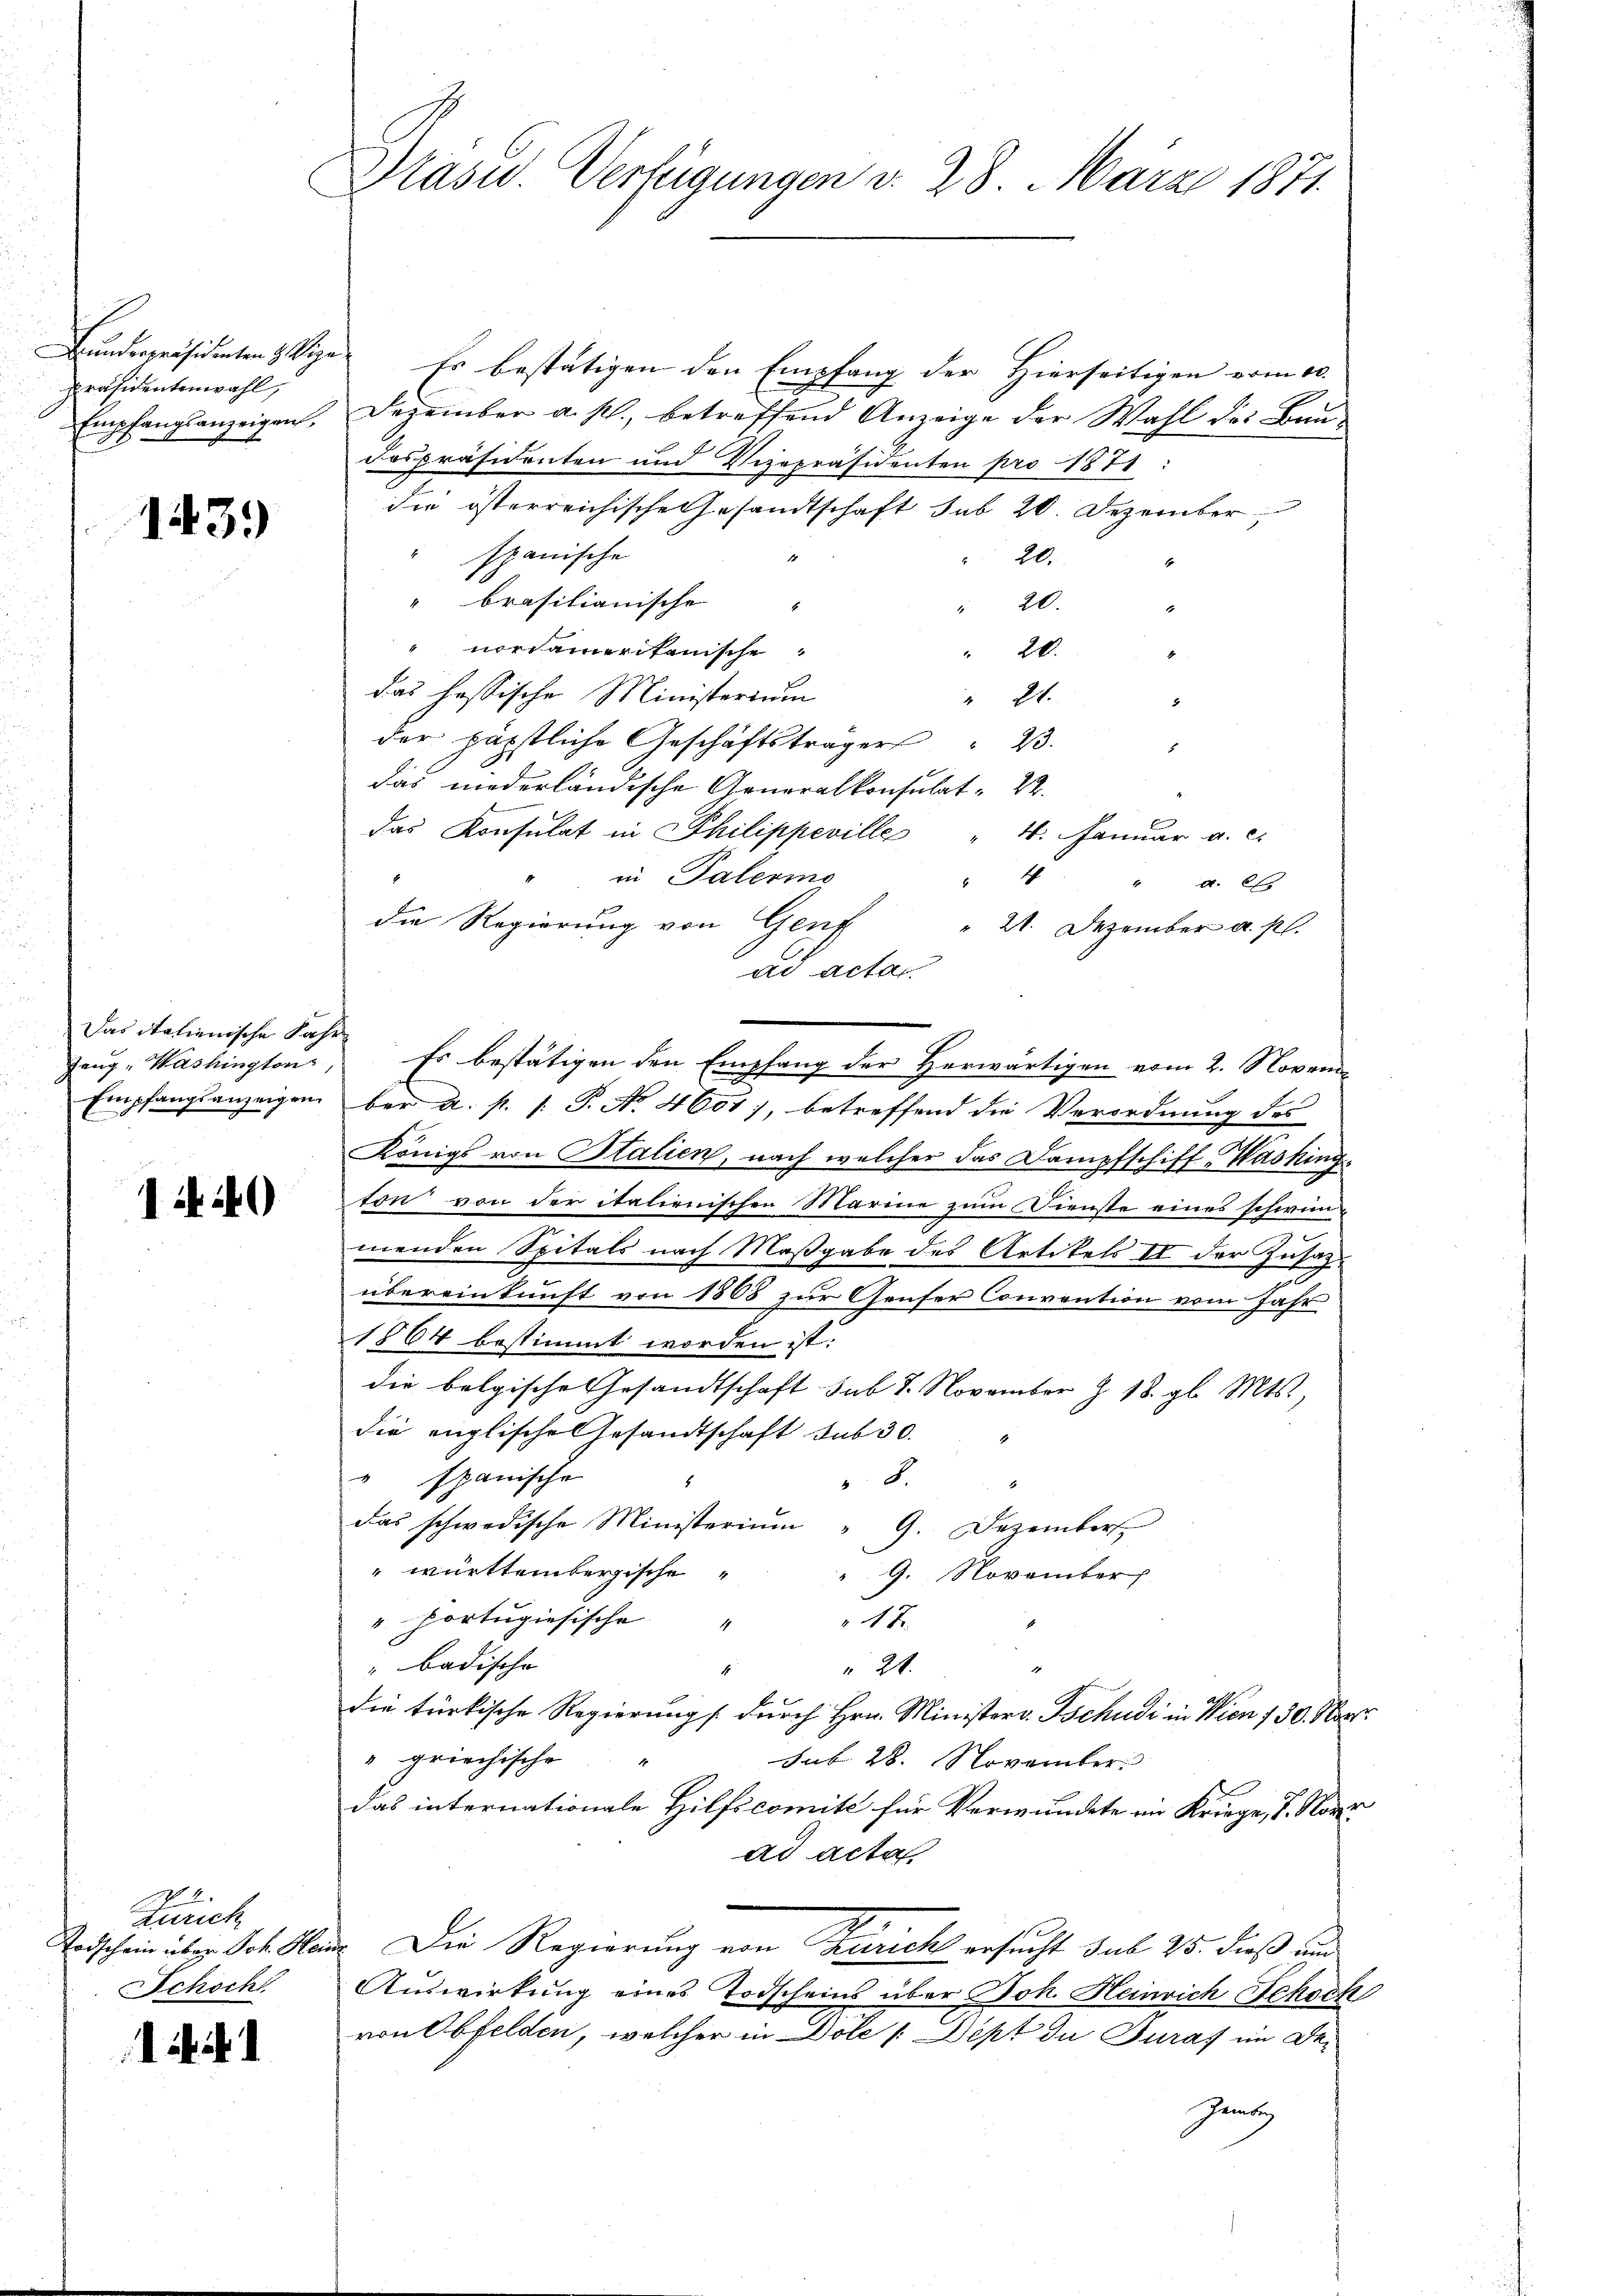
Präsidentenwahl,

1439)

Das italienische Jahr
Zeug "Washington,

140

Zürich
Schoch

i

Drasu. Verfügungen d. 28. März 1871.

Bundespräsidenten Vize. Es bestätigen den Empfang der Hierseitigen vom 10.
Empfangsanzeigen. Dezember a. p., betreffend Anzeige der Wahl des Baŭ-
despräsidenten und Vizepräsidenten pro 1871:
die österreichische Gesandtschaft sub 20. Dezember
" spanische
2.
E
" brasilianische
20.
.
nordamerikanische
20.
das hessische Ministerium
 24.
der päpstliche Geschäftsträger " 23.
d
das niederländische Generalkonsulat 22.
das Konsulat in Philippevilles
4. Januar a. c.
" in Palermo
4
4 a. f.
die Regierung von Genf
21. Dezember a. p.
ad actan
Es bestätigen den Empfang der Herwärtigen vom 2. Novem
Empfangsanzeigen ber a. p. 1. P. No. 4604), betreffend die Verordnung des
Königs von Italien, nach welcher das Dampfschiff-Washing
ton von der italienischen Marine zum Dienste eines schwinmenden Spitals nach Maßgabe des Artikels 11 der Zusatzübereinkunft von 1868 zur Genfer Convention vom Jahr
1864 bestimmt worden ist.
die bolgische Gesandtschaft sub 7. November Z. 18. gl. Mts.,
die englische Gesandtschaft sub 30.
" spanische
B.
das schwedische Ministerium "G. Dezember
württembergische
9. November
" Portugisische
14
" badische
1
21.
die türkische Regierung durch Hrn. Ministerv. Tschudi in Wien 130. Neer
" griechische
sub 28. November
das internationale Hilfscomite für Verwundete in Kriege, S. Nur
ad acta
Todschein über Joh. Mann. Die Regierung von Züricht ersucht sub 25. dieß und
Auswirkung eines Todscheins über Joh. Heinrich Schoch
von Obfelden, welcher in Döle [Dept du Juraf im De¬
Gentz